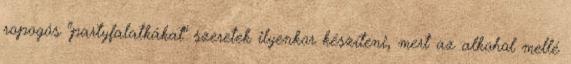
ropogós "partyfalatkákat" szeretek ilyenkor készíteni, mert az alkohol mellé